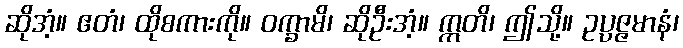
ဆိုအံ့။ ဧတံ၊ ထိုစကားကို။ ဝက္ခာမိ၊ ဆိုဦးအံ့။ ဣတိ၊ ဤသို့။ ဥပ္ပဇ္ဇမာနံ၊